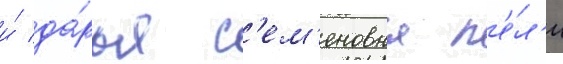
и́ да́рья с'ем'еновна п'е́л'и